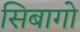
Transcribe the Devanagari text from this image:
सिबागो